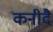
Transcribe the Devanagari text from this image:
कनीदै